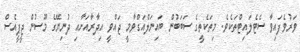
ވަރުވެފައިވާ ސެޓެލައިޓްތަކެވެ. މިތަކެތީގެ ސަބަބުން ބައިނަލްއަގްވާމީ ޖައްވީ އިދާރާއަށާއި ދުނިޔޭގެ މޫސުން ޖީޕީއެސް